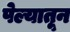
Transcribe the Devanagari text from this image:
पेल्यातून